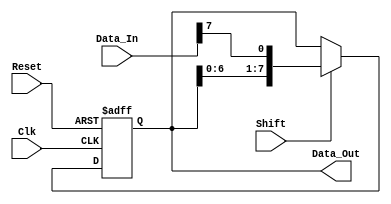
module ShiftRegister #(
    parameter N = 8 // Parameter to define the size of the shift register (N-bits)
)(
    input wire Clk,          // Clock signal
    input wire Reset,        // Asynchronous active-high reset signal
    input wire [N-1:0] Data_In, // Input data line
    input wire Shift,        // Control signal for shifting
    output reg [N-1:0] Data_Out // Output data representing current state of the shift register
);

    // Asynchronous reset
    always @(posedge Clk or posedge Reset) begin
        if (Reset) begin
            Data_Out <= 0; // Clear the register on reset
        end else if (Shift) begin
            Data_Out <= {Data_Out[N-2:0], Data_In[N-1]}; // Shift left and input new data
        end
        // If Shift is 0, Data_Out maintains its current state
    end

endmodule